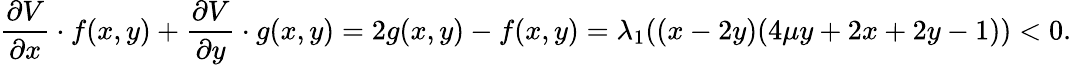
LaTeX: \frac{\partial V}{\partial x}\cdot f(x,y)+\frac{\partial V}{\partial y}\cdot g(x,y)=2g(x,y)-f(x,y)=\lambda_{1}((x-2y)(4\mu y+2x+2y-1))<0.